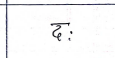
मजकूर: दः